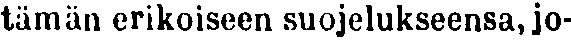
tämän erikoiseen suojelukseensa, jo-